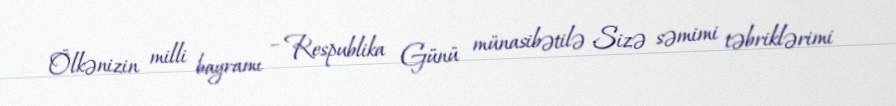
Ölkənizin milli bayramı – Respublika Günü münasibətilə Sizə səmimi təbriklərimi